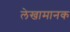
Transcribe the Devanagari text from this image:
लेखामानक